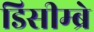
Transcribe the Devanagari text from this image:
डिसीम्ब्रे